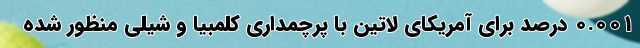
0.001 درصد برای آمریکای لاتین با پرچمداری کلمبیا و شیلی منظور شده